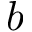
b